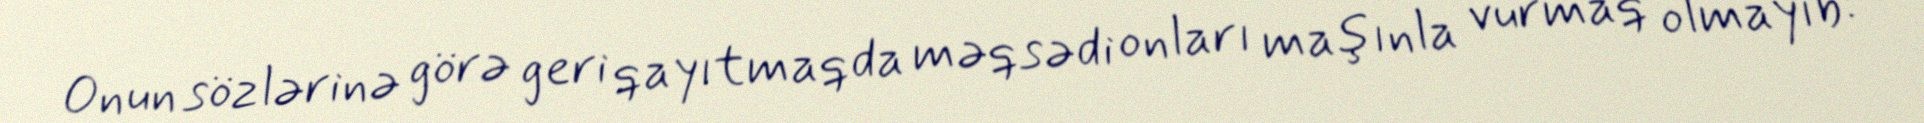
Onun sözlərinə görə geri qayıtmaqda məqsədi onları maşınla vurmaq olmayıb: